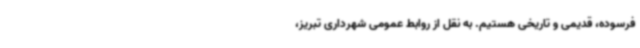
فرسوده، قدیمی و تاریخی هستیم. به نقل از روابط عمومی شهرداری تبریز،